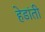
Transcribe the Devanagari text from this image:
हेडांती